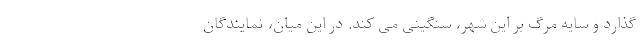
گذارد و سایه مرگ بر این شهر، سنگینی می کند. در این میان، نمایندگان